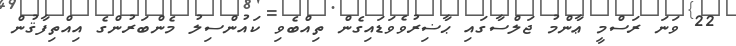
22 ވަނަ ރަސްމީ ޢާންމު ޖަލްސާގައި ޙާޟިރުވެވަޑައިގެން ތިއްބެވި ކައުންސިލު މެންބަރުންގެ އިއްތިފާޤުން